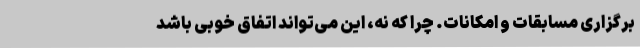
برگزاری مسابقات و امکانات. چرا که نه، این می‌‌تواند اتفاق خوبی باشد